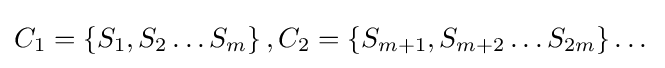
C_{1}=\left\{S_{1},S_{2}\dots S_{m}\right\},C_{2}=\left\{S_{m+1},S_{m+2}\dots S_{2m}\right\}\dots